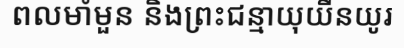
ពលមាំមួន និងព្រះជន្មាយុយឺនយូរ